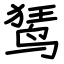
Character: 𫛭